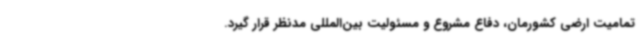
تمامیت ارضی کشورمان، دفاع مشروع و مسئولیت بین‌المللی مدنظر قرار گیرد.